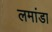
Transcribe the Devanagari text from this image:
लमांडा